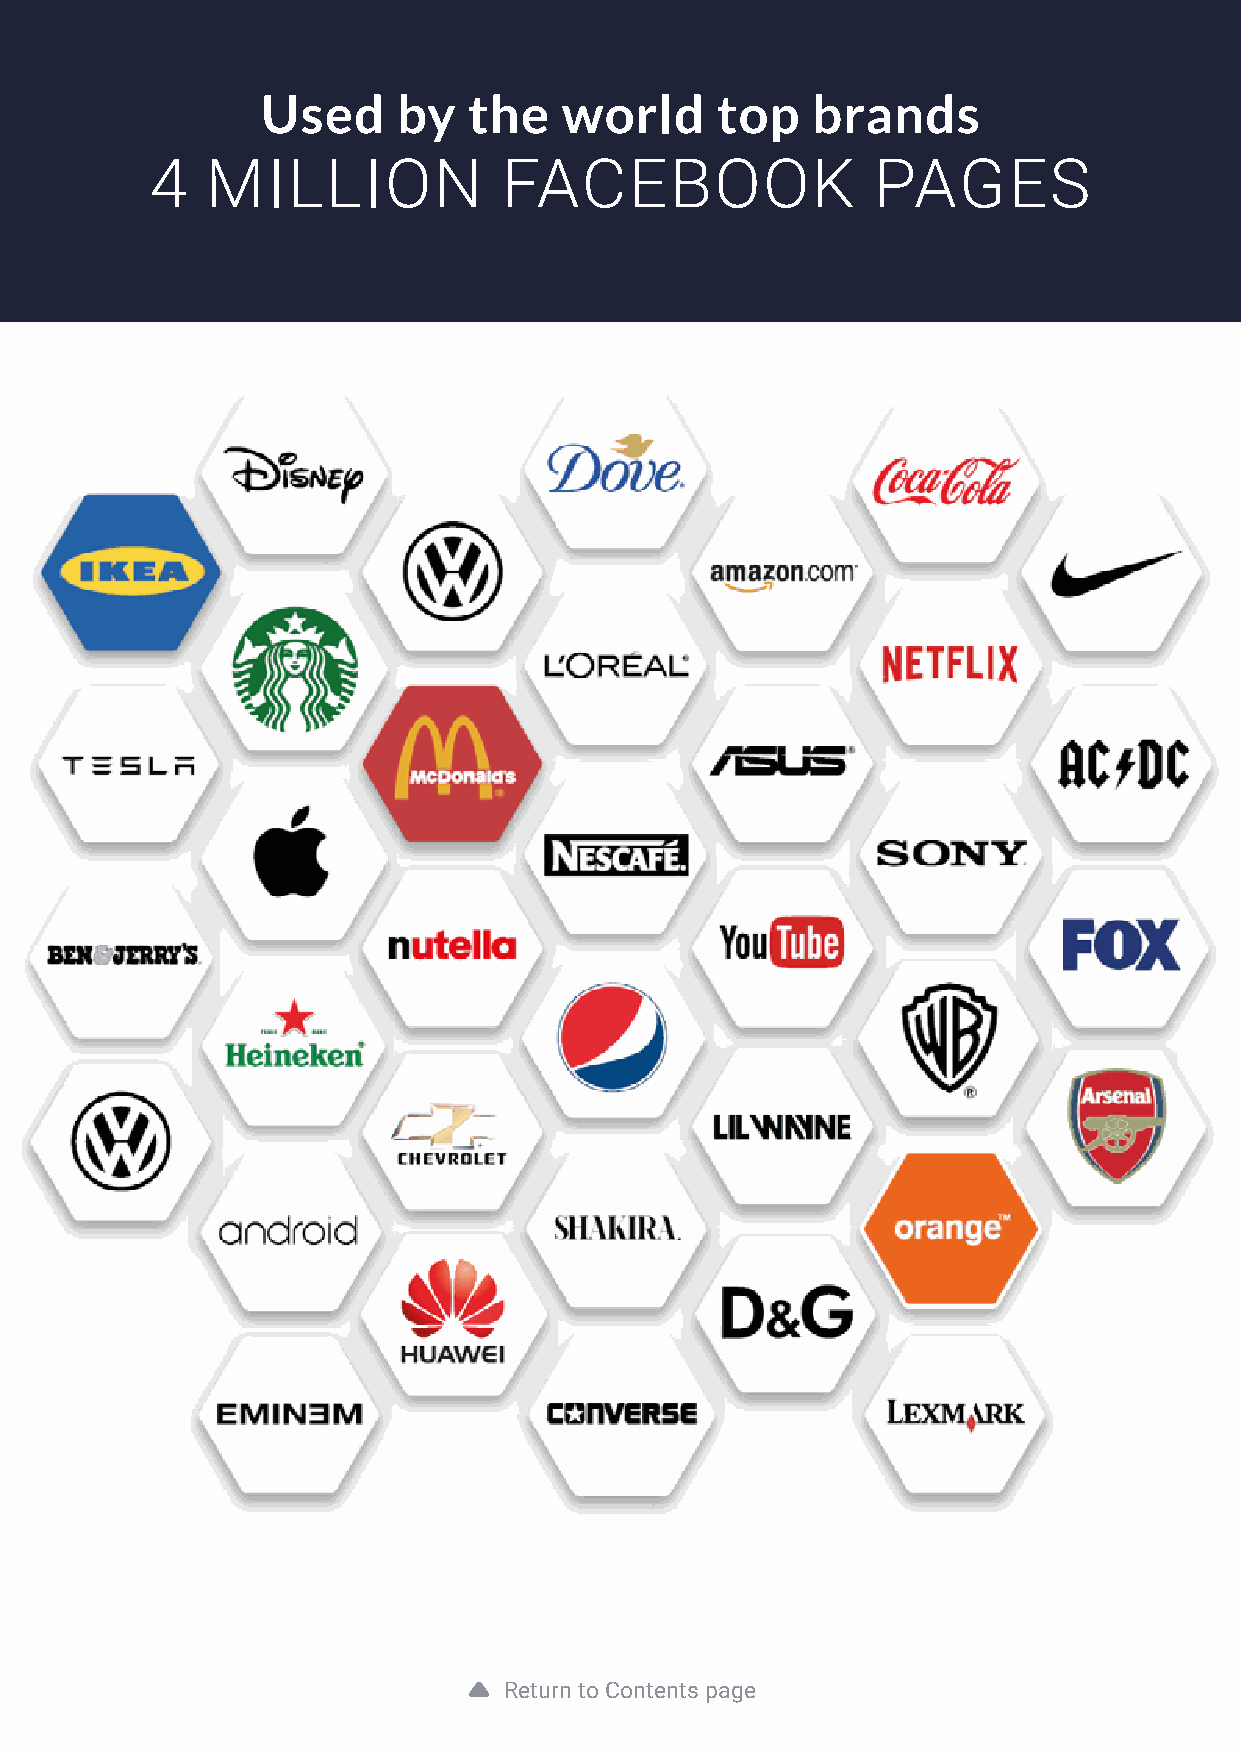
7
 Used     by   the   world     top    brands
 4   MILLION            FACEBOOK                 PAGES
 Return to Contents page